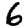
Digit: 6